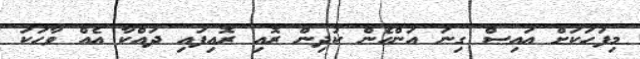
މިފަހަކަށް އައިސް ގިނަ އަންހެން ކުދިން ރޮއި ރޮއިފައި ދައްކާ އެއް ވާހަކަ